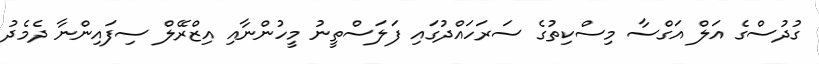
ގުދުސްގެ އަލް އަގްސާ މިސްކިތުގެ ސަރަހައްދުގައި ފަލަސްތީނު މީހުންނާއި އިޒްރޭލް ސިފައިންނާ ދެމެދު